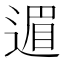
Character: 𫐹